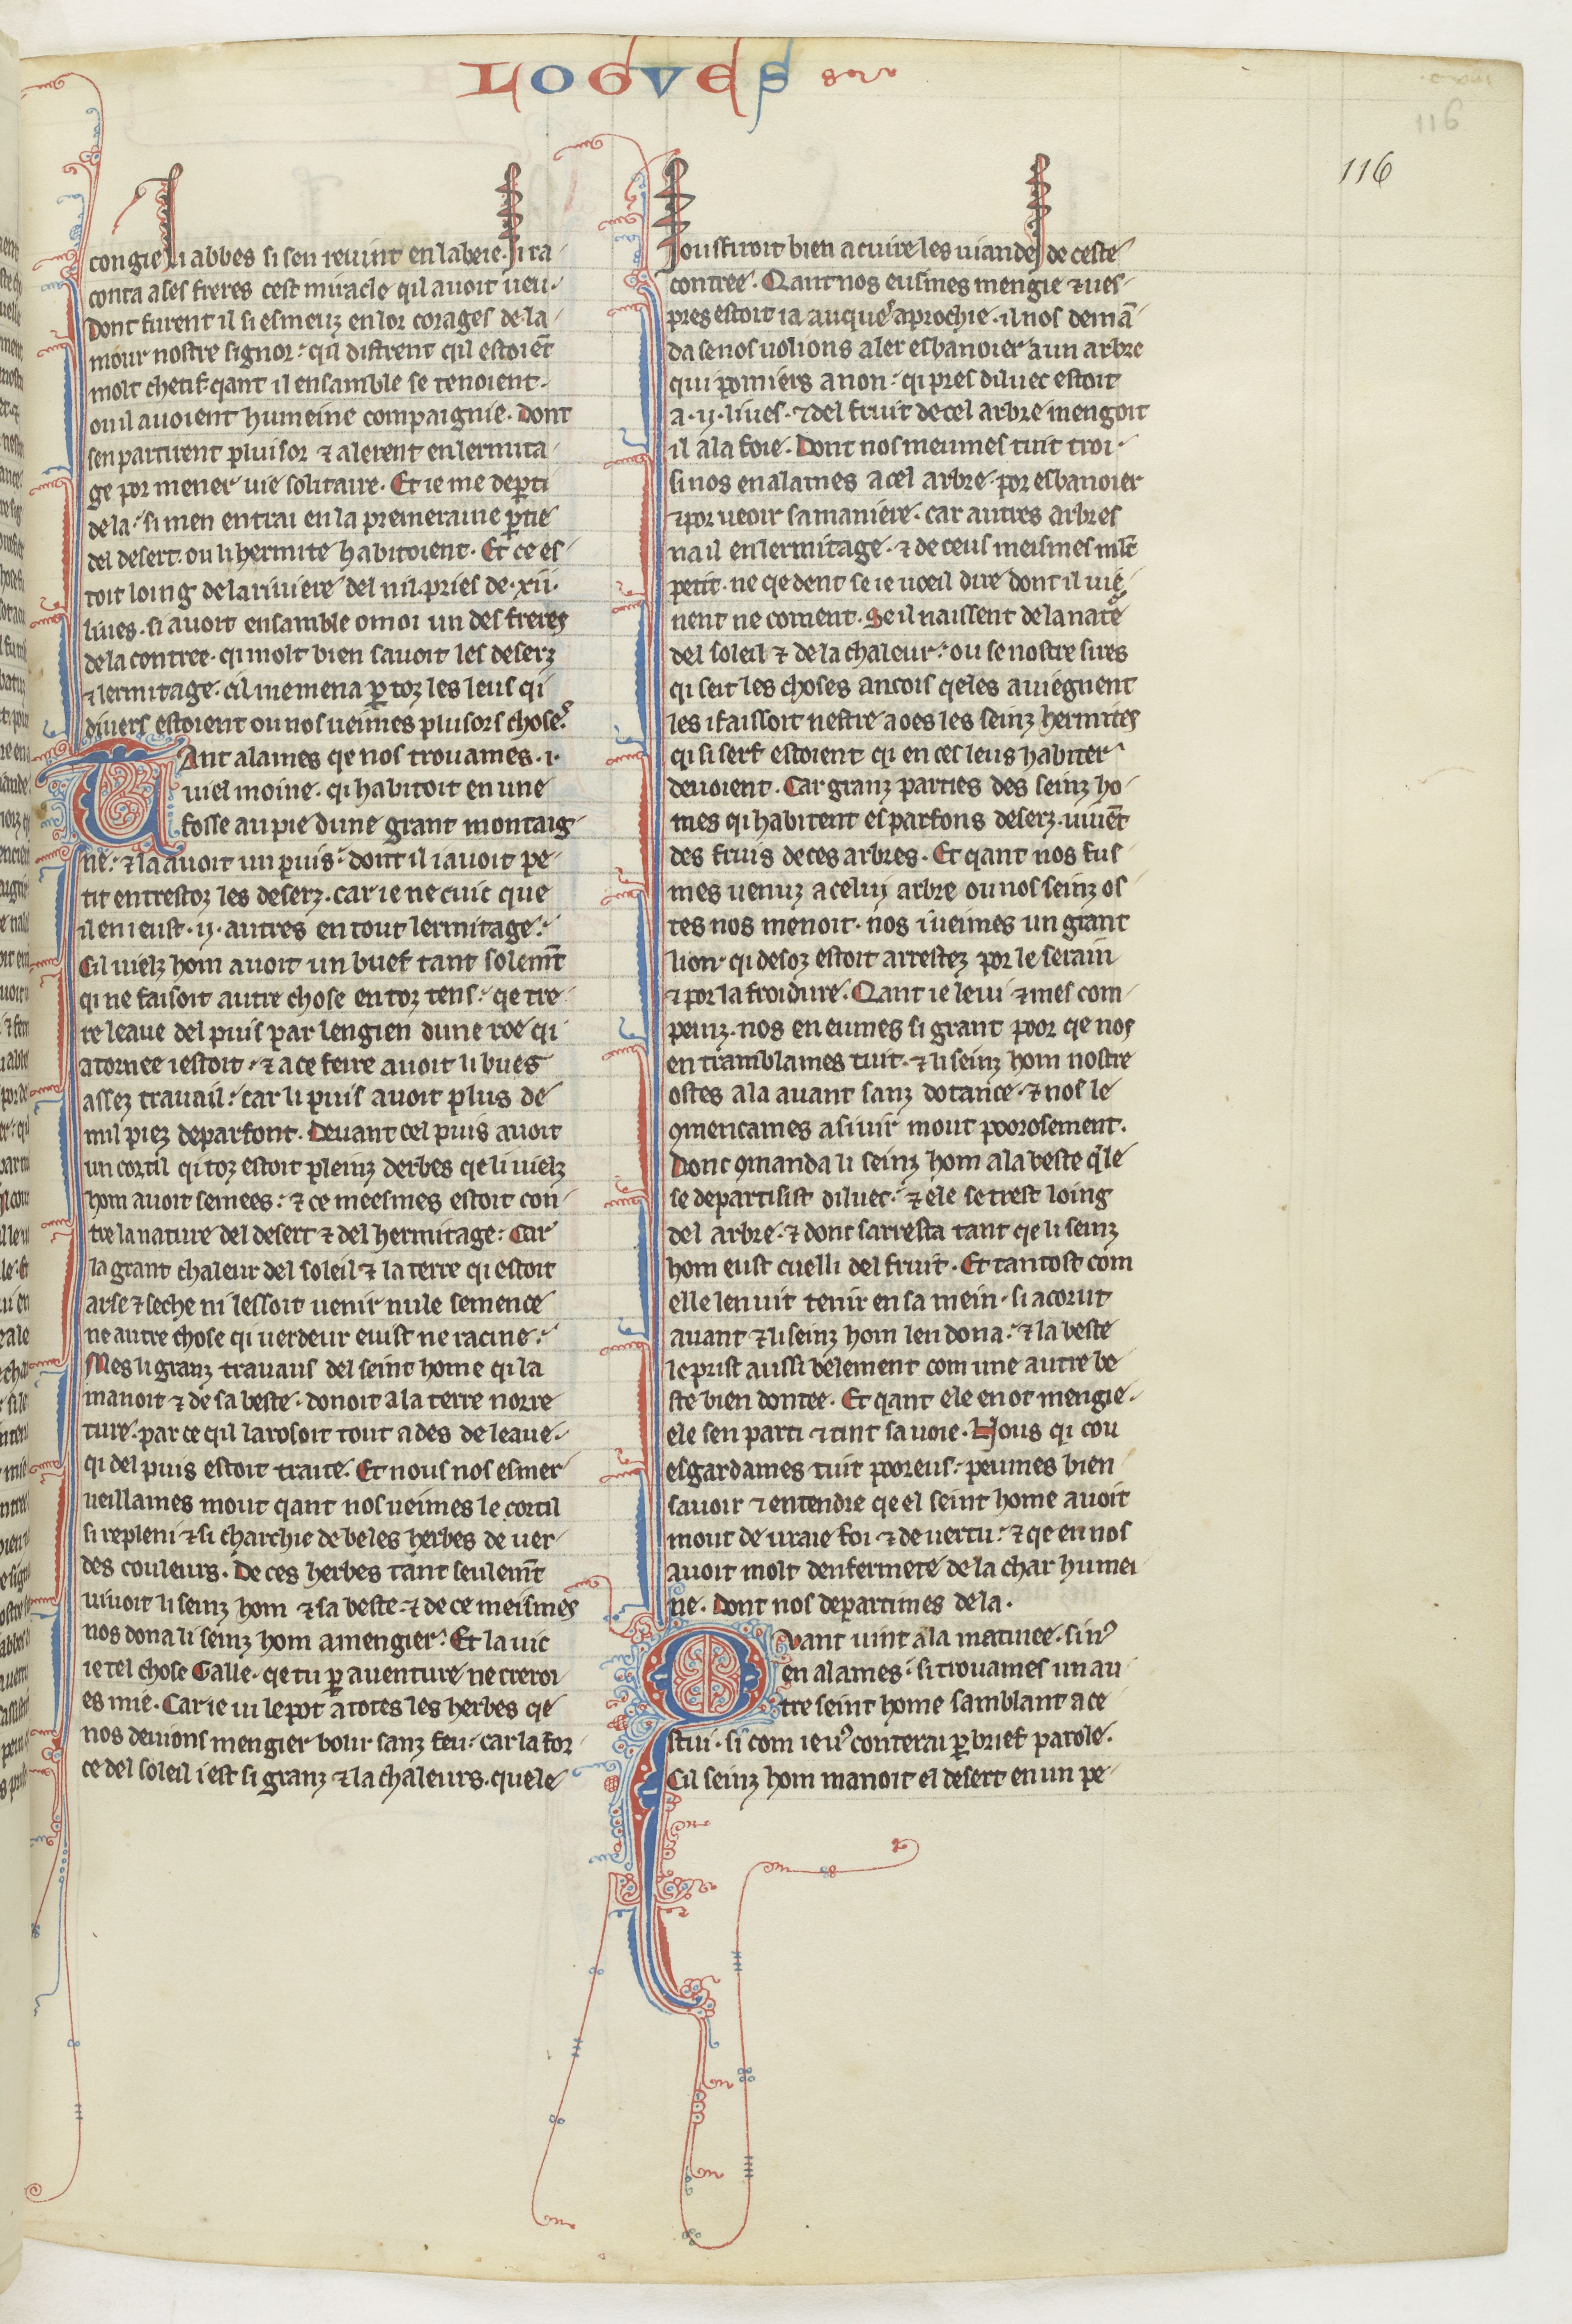
Shelfmark: Paris, BnF, fr. 412
Century: 13